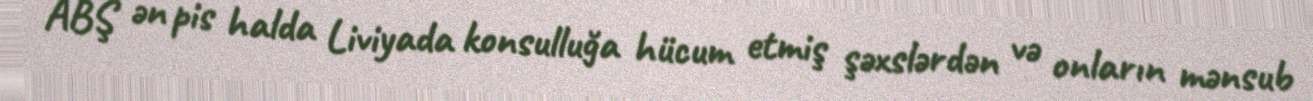
ABŞ ən pis halda Liviyada konsulluğa hücum etmiş şəxslərdən və onların mənsub